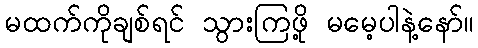
မထက်ကိုချစ်ရင် သွားကြဖို့ မမေ့ပါနဲ့နော်။